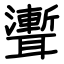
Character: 聻